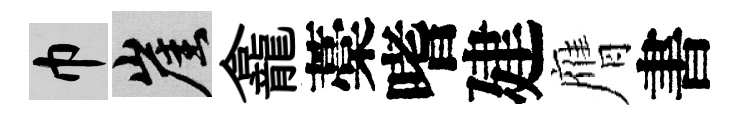
巾崖龕藁嗜建膺書